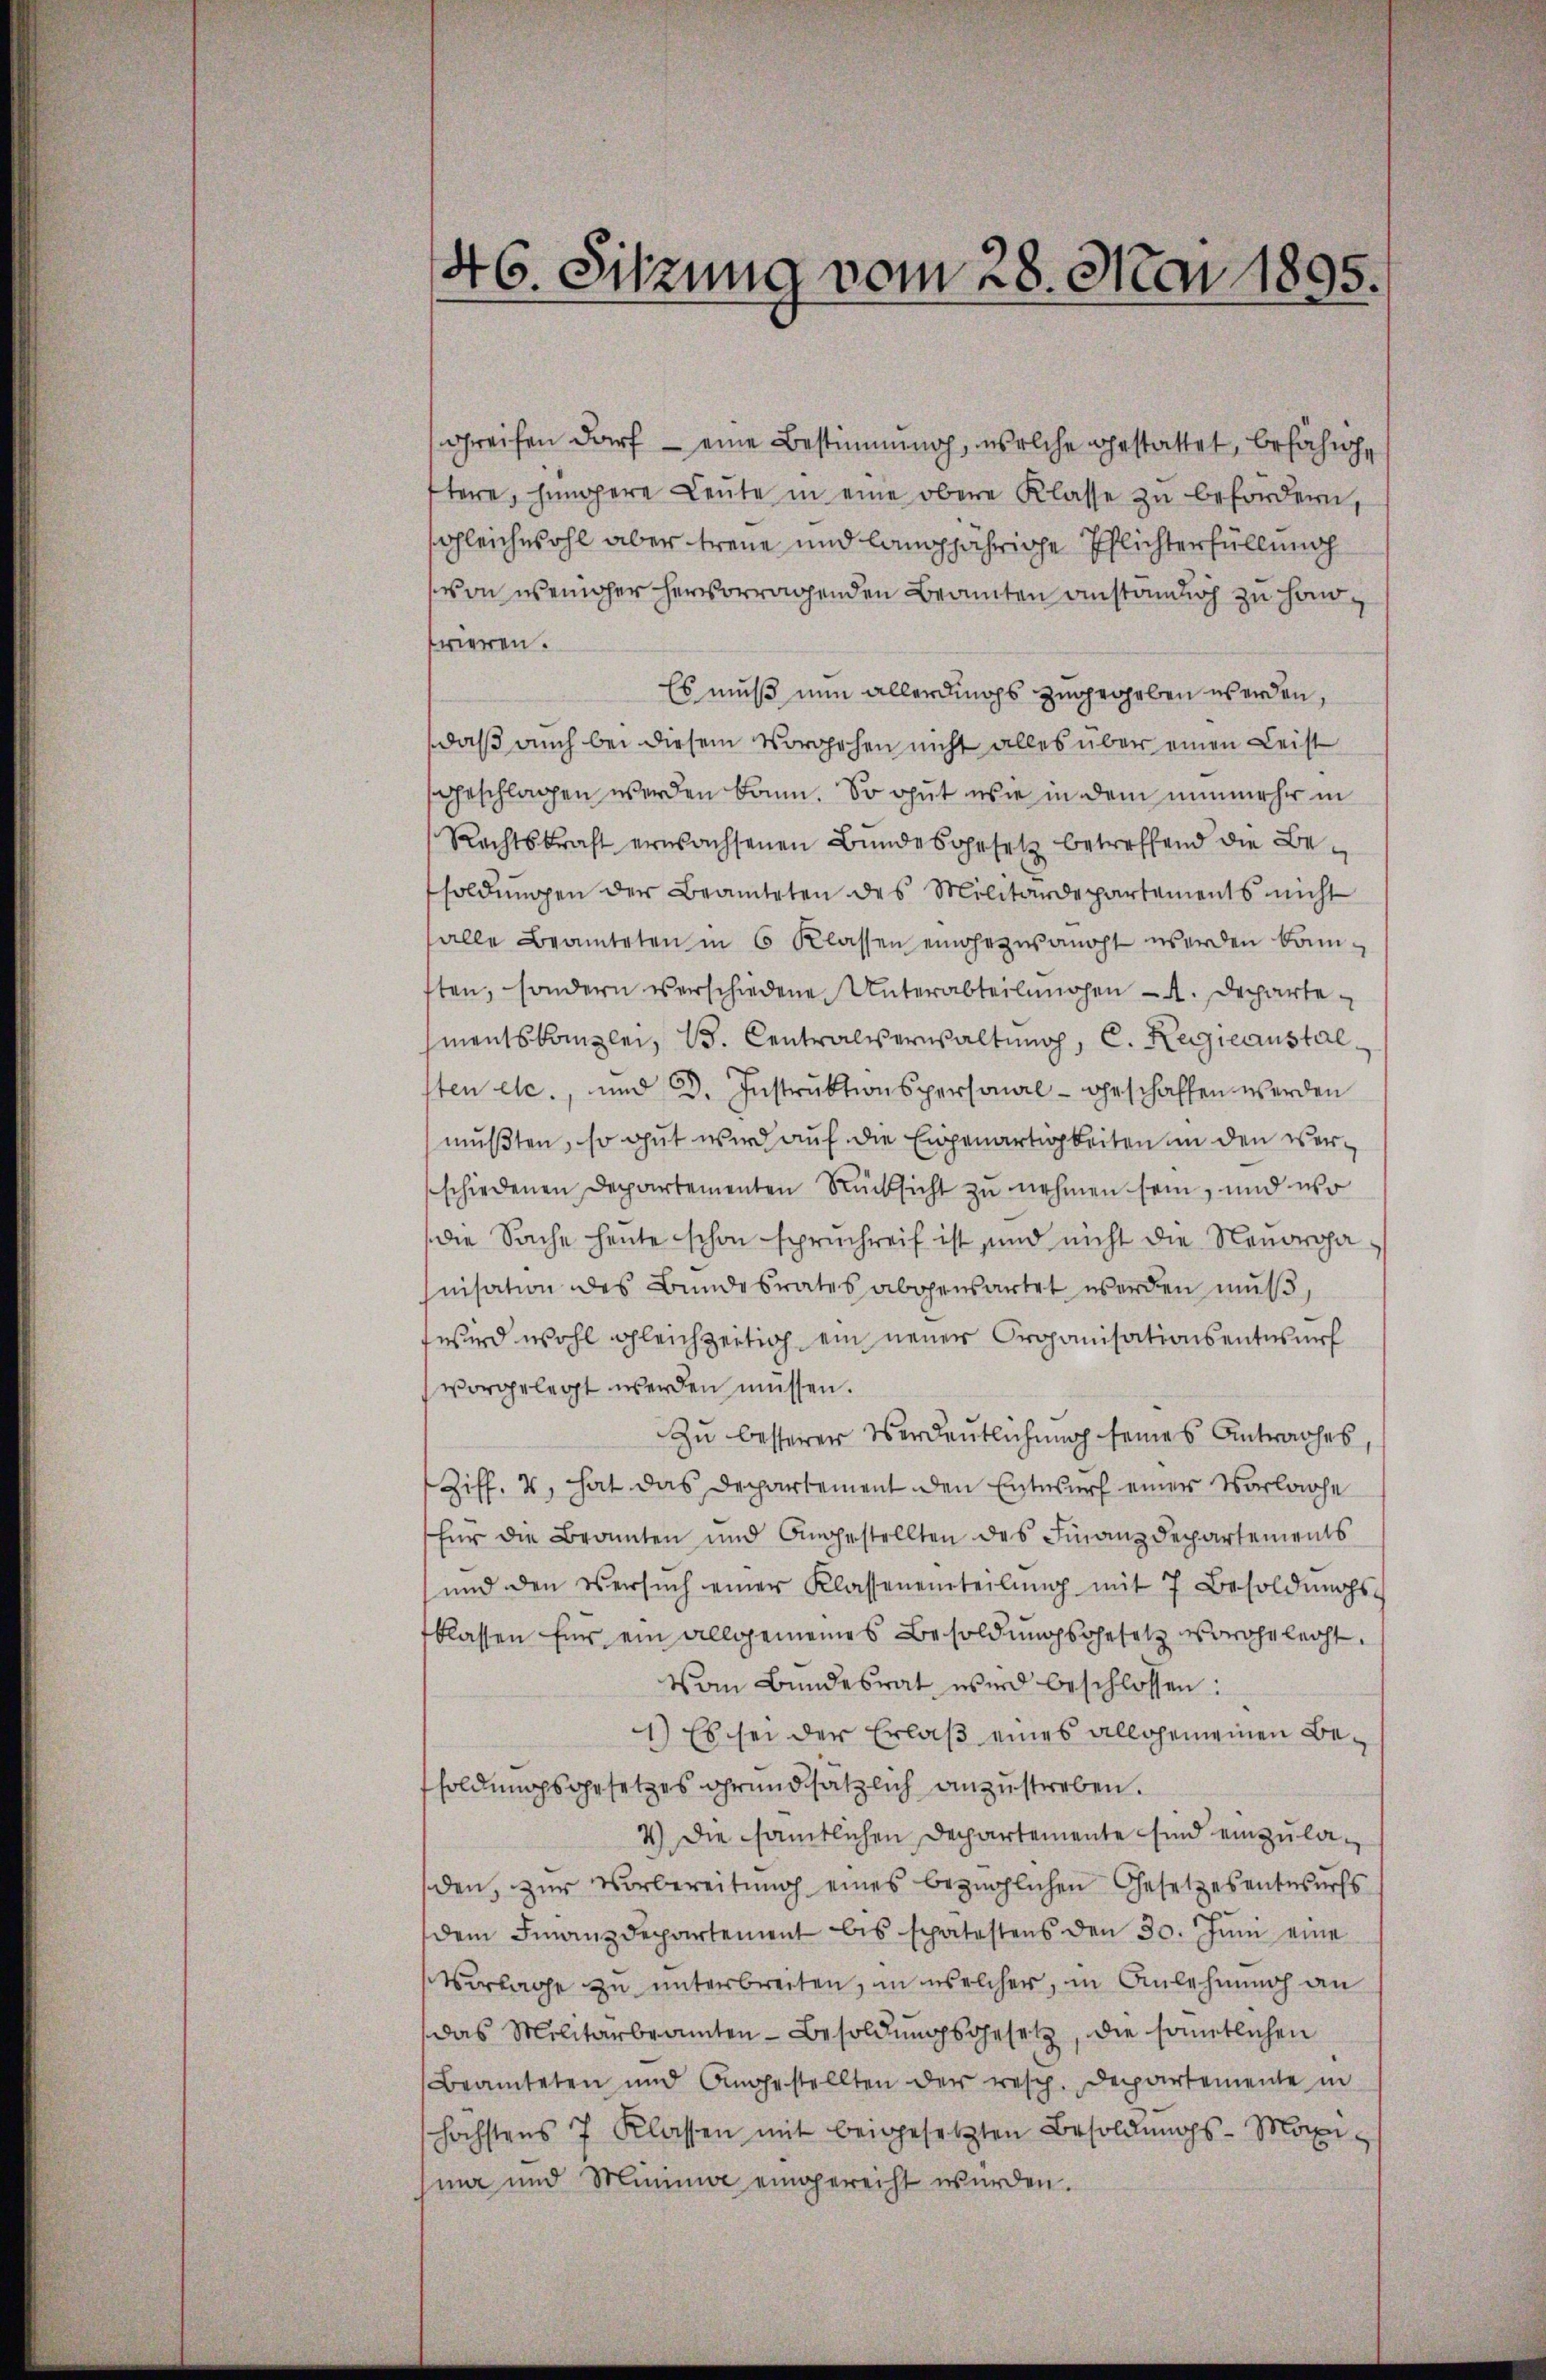
46. Sitzung vom 28. Mai 1895.

greifen darf - eine Bestimmung, welche gestattet, befähigftere, hingere Leŭte in eine obere Klasse zu befördern,
sgleichwohl aber treue und langjährige Pflichterfüllung
von weniger hervorragenden Beamten anständig zu handfrieren.
Es muß nun allerdings zugegeben werden,
daß auch bei diesem Vorgehen nicht alles über einen Leist
sgeschlagen werden kann. So gut wie in dem nunmehr in
Rechtskraft erwachsenen Bŭndesgesetz betreffend die Besoldŭngen der Beamteten des Militärdepartements nicht
falle Beamteten in 6 Klassen eingezwangt werden kannften, sondern verschiedene Unterabteilungen - 4. Decharte
mentskanzlei, B. Centralverwaltung, C. Regieanstalsten etc., und D. Instruktionspersonal- geschaffen werden
mußten, so gut wird auf die Eigenartigkeiten in den verschiedenen Departementen Rücksicht zu nehmen sein, und wo
die Sache heute schon spruchreif ist und nicht die Neuorganisation des Bundesrates abgensartet werden mŭβ,
wird wohl gleichzeitig ein neuer Organisationsentwurf
vorgelegt werden müssen.
Zu besserer Verdeutlichung seines Antrages
Ziff. 2, hat das Departement den Entwurf einer Vorlage
für die Beamten und Angestellten des Finanzdepartements
und den Versŭch einer Klasseneinteilŭng mit 7 Besoldŭngs-
blassen für ein allgemeines Besoldŭngsgesetz voreheleiht.
Vom Bundesrat wird beschlossen:
1.) Es sei der Erlaß eines allgemeinen Besoldungsgesetzes grundsätzlich anzustreben.
4) Die sämtlichen Departemente sind einzuladen, zŭr Vorbereitŭng eines bezüglichen Gesetzesentwurfs
dem Finanzdepartement bis spätestens den 30. Jŭni eine
Verlage zu unterbreiten, in welcher, in Anlehnung an
das Militärbeamten-Besoldŭngsgesetz, die sämmtlichen
Beamteten und Angestellten der resp. Departemente in
höchstens 7 Klassen mit beigesetzten Besoldŭngs-Morg
nn und Munnie eingereicht wurden.